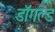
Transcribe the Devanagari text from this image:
डॉगल्ड